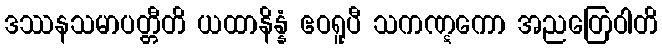
ဒဿနသမာပတ္တီတိ ယထာနိန္နံ ဧဝရူပီ သကဏ္ဋကော အညတြေဝါတိ